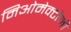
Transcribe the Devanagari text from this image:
मिओमेक्टोमी